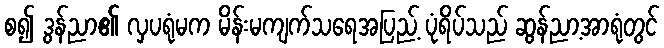
စ၍ ဒွန်ညာ၏ လှပရုံမက မိန်းမကျက်သရေအပြည့် ပုံရိပ်သည် ဆွန်ညာ့အာရုံတွင်